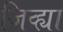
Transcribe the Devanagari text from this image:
जिव्ह्या